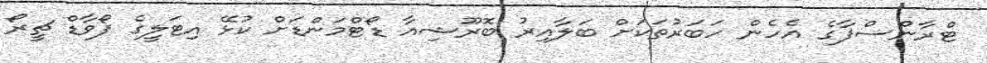
ޓްރާންސްފާގެ އެހެން ހަބަރުތަކަށް ބަލާއިރު ބޮރޫޝިއާ ޑޯޓްމަންޑަށް ކުޅޭ އިޓަލީގެ ފޯވާޑް ޗީރޯ